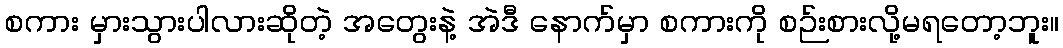
စကား မှားသွားပါလားဆိုတဲ့ အတွေးနဲ့ အဲဒီ နောက်မှာ စကားကို စဉ်းစားလို့မရတော့ဘူး။